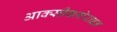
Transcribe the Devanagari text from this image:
आक्सीक्लोराइड